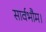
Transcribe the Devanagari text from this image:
सार्वभौम।